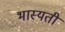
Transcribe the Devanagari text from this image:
भास्यती